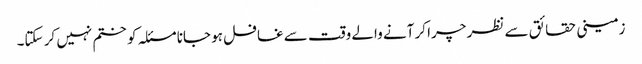
زمینی حقائق سے نظر چرا کر آنے والے وقت سے غافل ہو جانا مسئلہ کو ختم نہیں کر سکتا۔